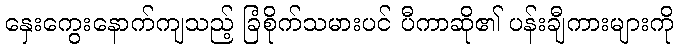
နှေးကွေးနောက်ကျသည့် ခြံစိုက်သမားပင် ပီကာဆို၏ ပန်းချီကားများကို